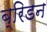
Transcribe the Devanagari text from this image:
ब्रिडन